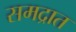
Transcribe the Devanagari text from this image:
समद्रात